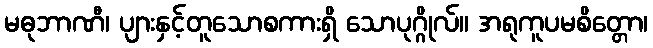
မဓုဘာဏီ၊ ပျားနှင့်တူသောစကားရှိ သောပုဂ္ဂိုလ်။ အရုကူပမစိတ္တော၊